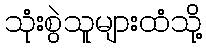
သုံးစွဲသူများထံသို့